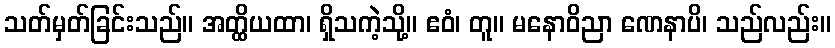
သတ်မှတ်ခြင်းသည်။ အတ္ထိယထာ၊ ရှိသကဲ့သို့။ ဧဝံ၊ တူ။ မနောဝိညာ ဏေနာပိ၊ သည်လည်း။